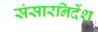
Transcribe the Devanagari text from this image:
संसारनिर्देश